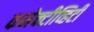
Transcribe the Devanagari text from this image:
कनेक्टीव्हिटी